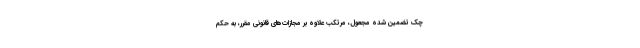
چک تضمین شده مجعول، مرتکب علاوه بر مجازات‌های قانونی مقرر، به حکم